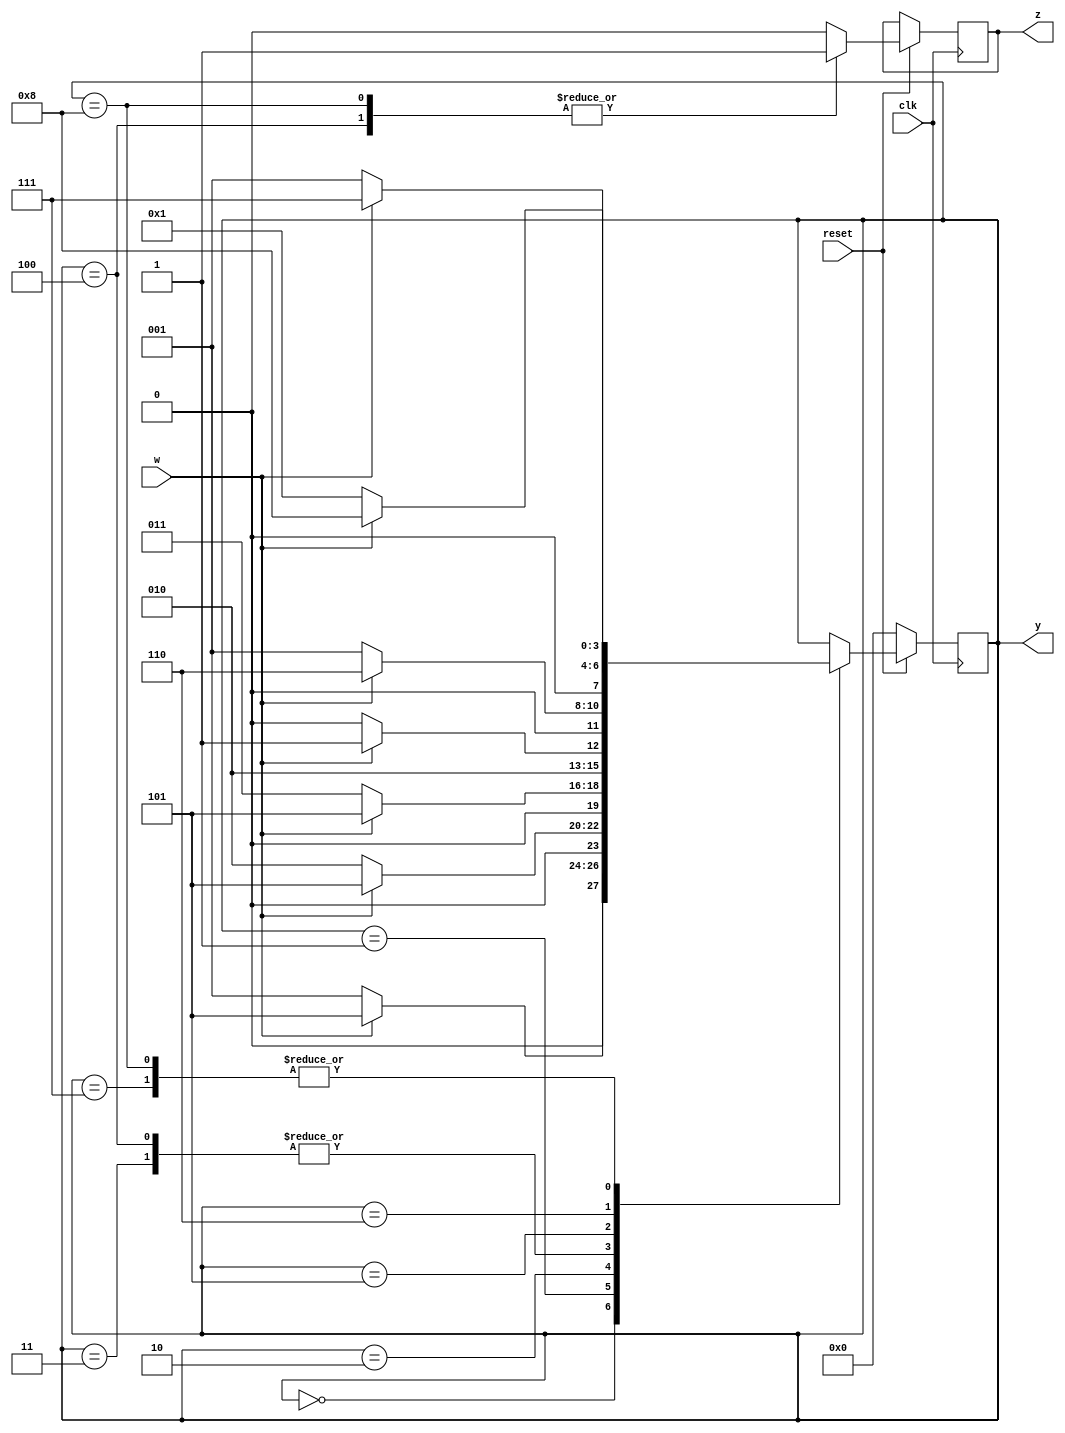
module FSM_user_coding_1p(
	input clk,reset,w,
	output reg z,
	output [3:0] y);
	
	reg [3:0] state,next;
	assign y=state;
	
	localparam[3:0]
	A = 0,
	B = 1,
	C = 2,
	D = 3,
	E = 4,
	F = 5,
	G = 6,
	H = 7,
	I = 8;
	
	always@(posedge clk)
		if (!reset)
				state <= A;
		else begin	
			z = 0;
			case (state)
				A:
					if(w) state = F;
					else state = B;
				B:
					if(w) state = F;
					else state = C;
				C:
					if(w) state = F;
					else state = D;
				D:
					if(w) state = F;
					else state = E;
				E: begin
						z = 1;
						if(w) state = F;
						else state = E;
					end
				F:
					if(w) state = G;
					else state = B;
				G:
					if(w) state = H;
					else state = B;
				H:
					if(w) state = I;
					else state = B;
				I: begin
						z = 1;
						if(w) state = I;
						else state = B;
					end
			endcase
		end
	
	
endmodule